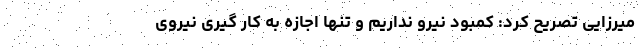
میرزایی تصریح کرد: کمبود نیرو نداریم و تنها اجازه به کار گیری نیروی